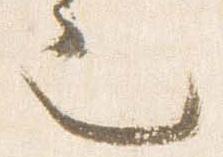
也